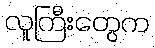
လူကြီးတွေက